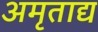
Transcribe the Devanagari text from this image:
अमृताद्य